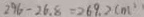
2 9 6 - 2 6 . 8 = 2 6 9 . 2 ( m ^ { 2 } )